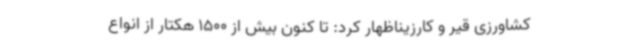
کشاورزی قیر و کارزیناظهار کرد: تا کنون بیش از 1500 هکتار از انواع